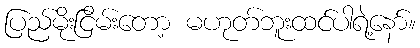
ပြည်မိုးငြိမ်းတော့ မဟုတ်ဘူးထင်ပါရဲ့နော်။